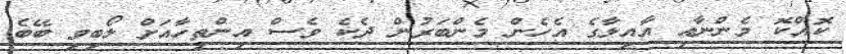
ކޮއްކޮ މެންނާއި އާއިލާގެ އެހެން މެންބަރުން ދެކެ ވެސް އިންތިހާއަށް ލޯބިވި ބޭބެ